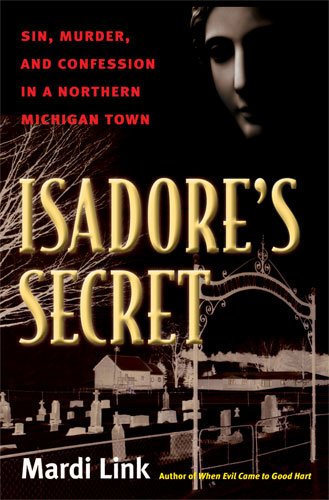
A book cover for Isadore's Secret: Sin, Murder, and Confession in a Northern Michigan Town; Mardi Link; Biographies & Memoirs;